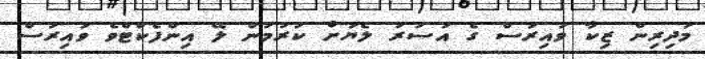
މަދިރިން ޒިކާ ވައިރަސް ގެ އަސަރު ލެޔަށް ކުރުމުން ލޭ އިންފެކްޓްވެ ވައިރަސް